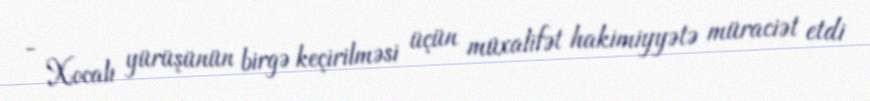
- Xocalı yürüşünün birgə keçirilməsi üçün müxalifət hakimiyyətə müraciət etdi